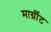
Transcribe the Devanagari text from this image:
मार्ग्रीट